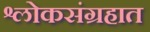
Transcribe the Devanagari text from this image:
श्लोकसंग्रहात